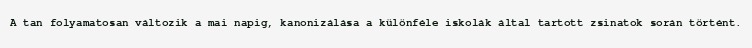
A tan folyamatosan változik a mai napig, kanonizálása a különféle iskolák által tartott zsinatok során történt.